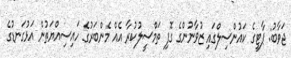
ޖަވާބު: ޕާޓީގެ ކައުންސިލްގައި ޒުވާނުންގެ ގޮފި ތަމްސީލުކުރާ އެއް މެންބަރުގެ ހައިސިއްޔަތުން އަޅުގަނޑުގެ